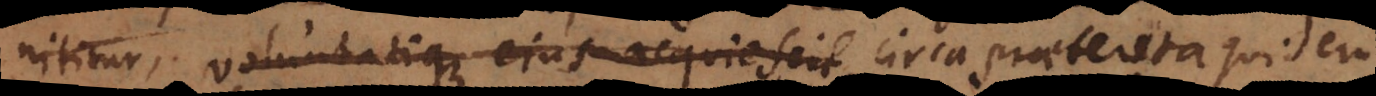
nititur, voluntatique ejus acquiescit circa praeterita